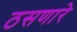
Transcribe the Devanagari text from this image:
ठसणारे